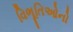
વિભૂતિઓનો